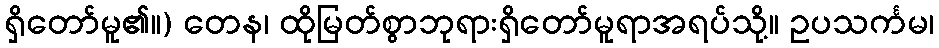
ရှိတော်မူ၏။) တေန၊ ထိုမြတ်စွာဘုရားရှိတော်မူရာအရပ်သို့။ ဥပသင်္ကမ၊